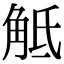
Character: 觝